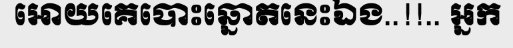
អោយគេបោះឆ្នោតនេះឯង..!!.. អ្នក